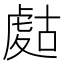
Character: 𧇉